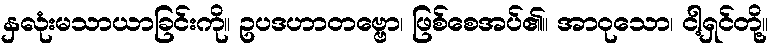
နှလုံးမသာယာခြင်းကို။ ဥပဒဟာတဗ္ဗော၊ ဖြစ်စေအပ်၏။ အာဝုသော၊ ငါ့ရှင်တို့။